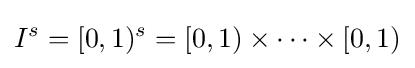
I^{s}=[0,1)^{s}=[0,1)\times \cdots \times [0,1)